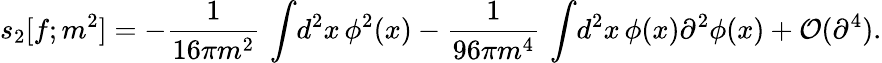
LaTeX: s_{2}[f;m^{2}]=-{\frac{1}{16\pi m^{2}}}\, \int\! d^{2}x\, \phi^{2}(x)-{\frac{1}{96\pi m^{4}}}\, \int\! d^{2}x\, \phi(x)\partial^{2}\phi(x)+{\cal O}(\partial^{4}).